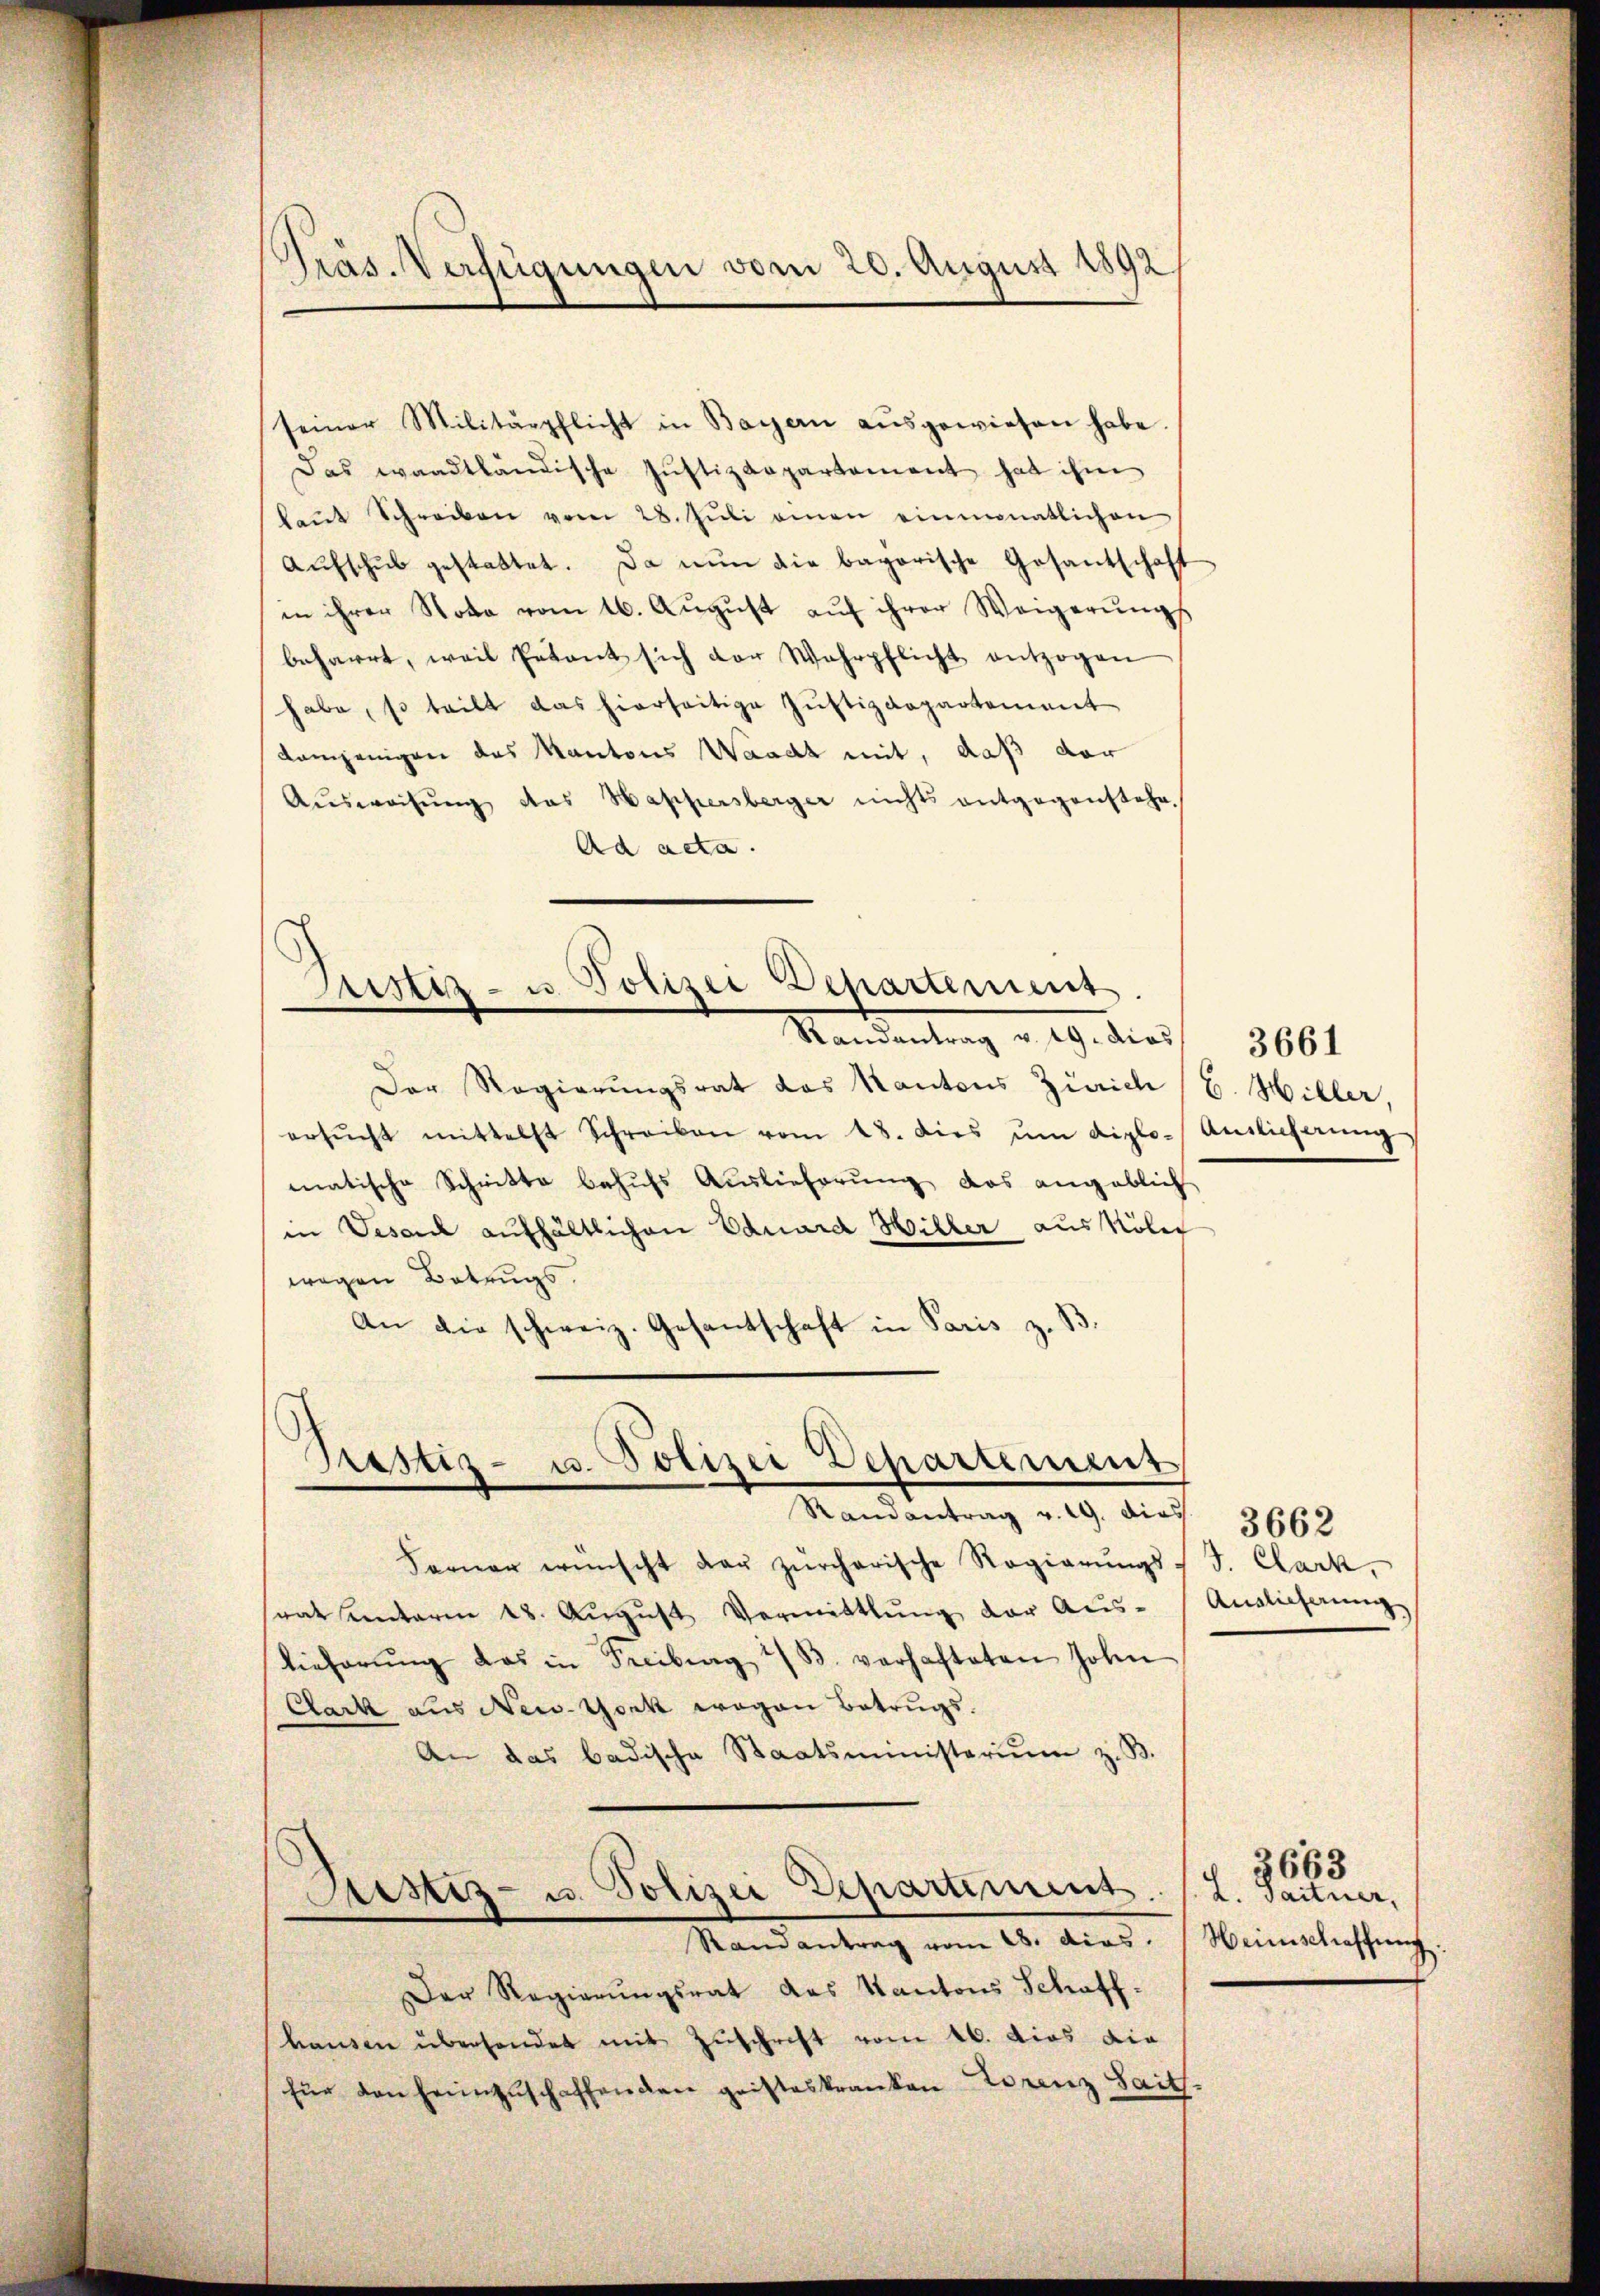
Präs. Verfügungen vom 20. August 1892

seiner Militärpflicht in Bayern aŭsgewiesen habe.
Das waadtländische Justizdepartement hat ihm
laŭt Schreiben vom 28. Jŭli einen einmonatlichen
Aŭfschub gestattet. Da nun die bayerische Gesantschaft
in ihrer Nota vom 16. Aŭgŭst aŭf ihrer Weigerŭngs
beharrt, weil Petent sich der Wahrpflicht entzogen
habe, so teilt das hierseitige Justizdepartement
demjenigen des Kantons Waadt mit, daß der
Aŭsweisŭng das Happersberger nichts entgegenstehe.
Ad acta.

ustiz- u. Polizei Departement.
Randantrag v. 19. dies

Prastiz- u. Polizei Departement
Randantrag v. 19. dies

Der Regierungsrat das Kantons Zürich (C. Hiller,
ersŭcht mittelst Schreiben vom 18. dies ŭm diplo-Antlicherŭng
matische Schnitte behufs Auslieferung das angeblich
in Vesart aufhältlichen Eduard Hiller aus köler
wegen Betrugs.
An die schweiz. Gesantschaft in Paris z. B.

Randantrag vom 28. dies. Weinschaffung.

Ferner wünscht der zürcherische Regierŭngs-
ratenterm 28. Aŭgŭst Vermittlung der Aus-
Tieferŭng das in Freiburg i/B. verhafteten Johan
Clack aus New York wegen Betrugs¬
An das badische Staatsministerium z. B.
Sistiz- u. Polizei Departement

Der Regierungsrat des Kantons Schaffhanden überhander mit Zuschrift vom 16. dies die
für den heimzuschaffenden geisteskranken Lorenz Saits.

3661

J. Clark,
Auslicherung

3662

2663
L. Saitner,